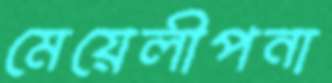
মেয়েলীপনা